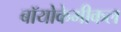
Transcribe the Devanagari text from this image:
बॉयोकेमीकल